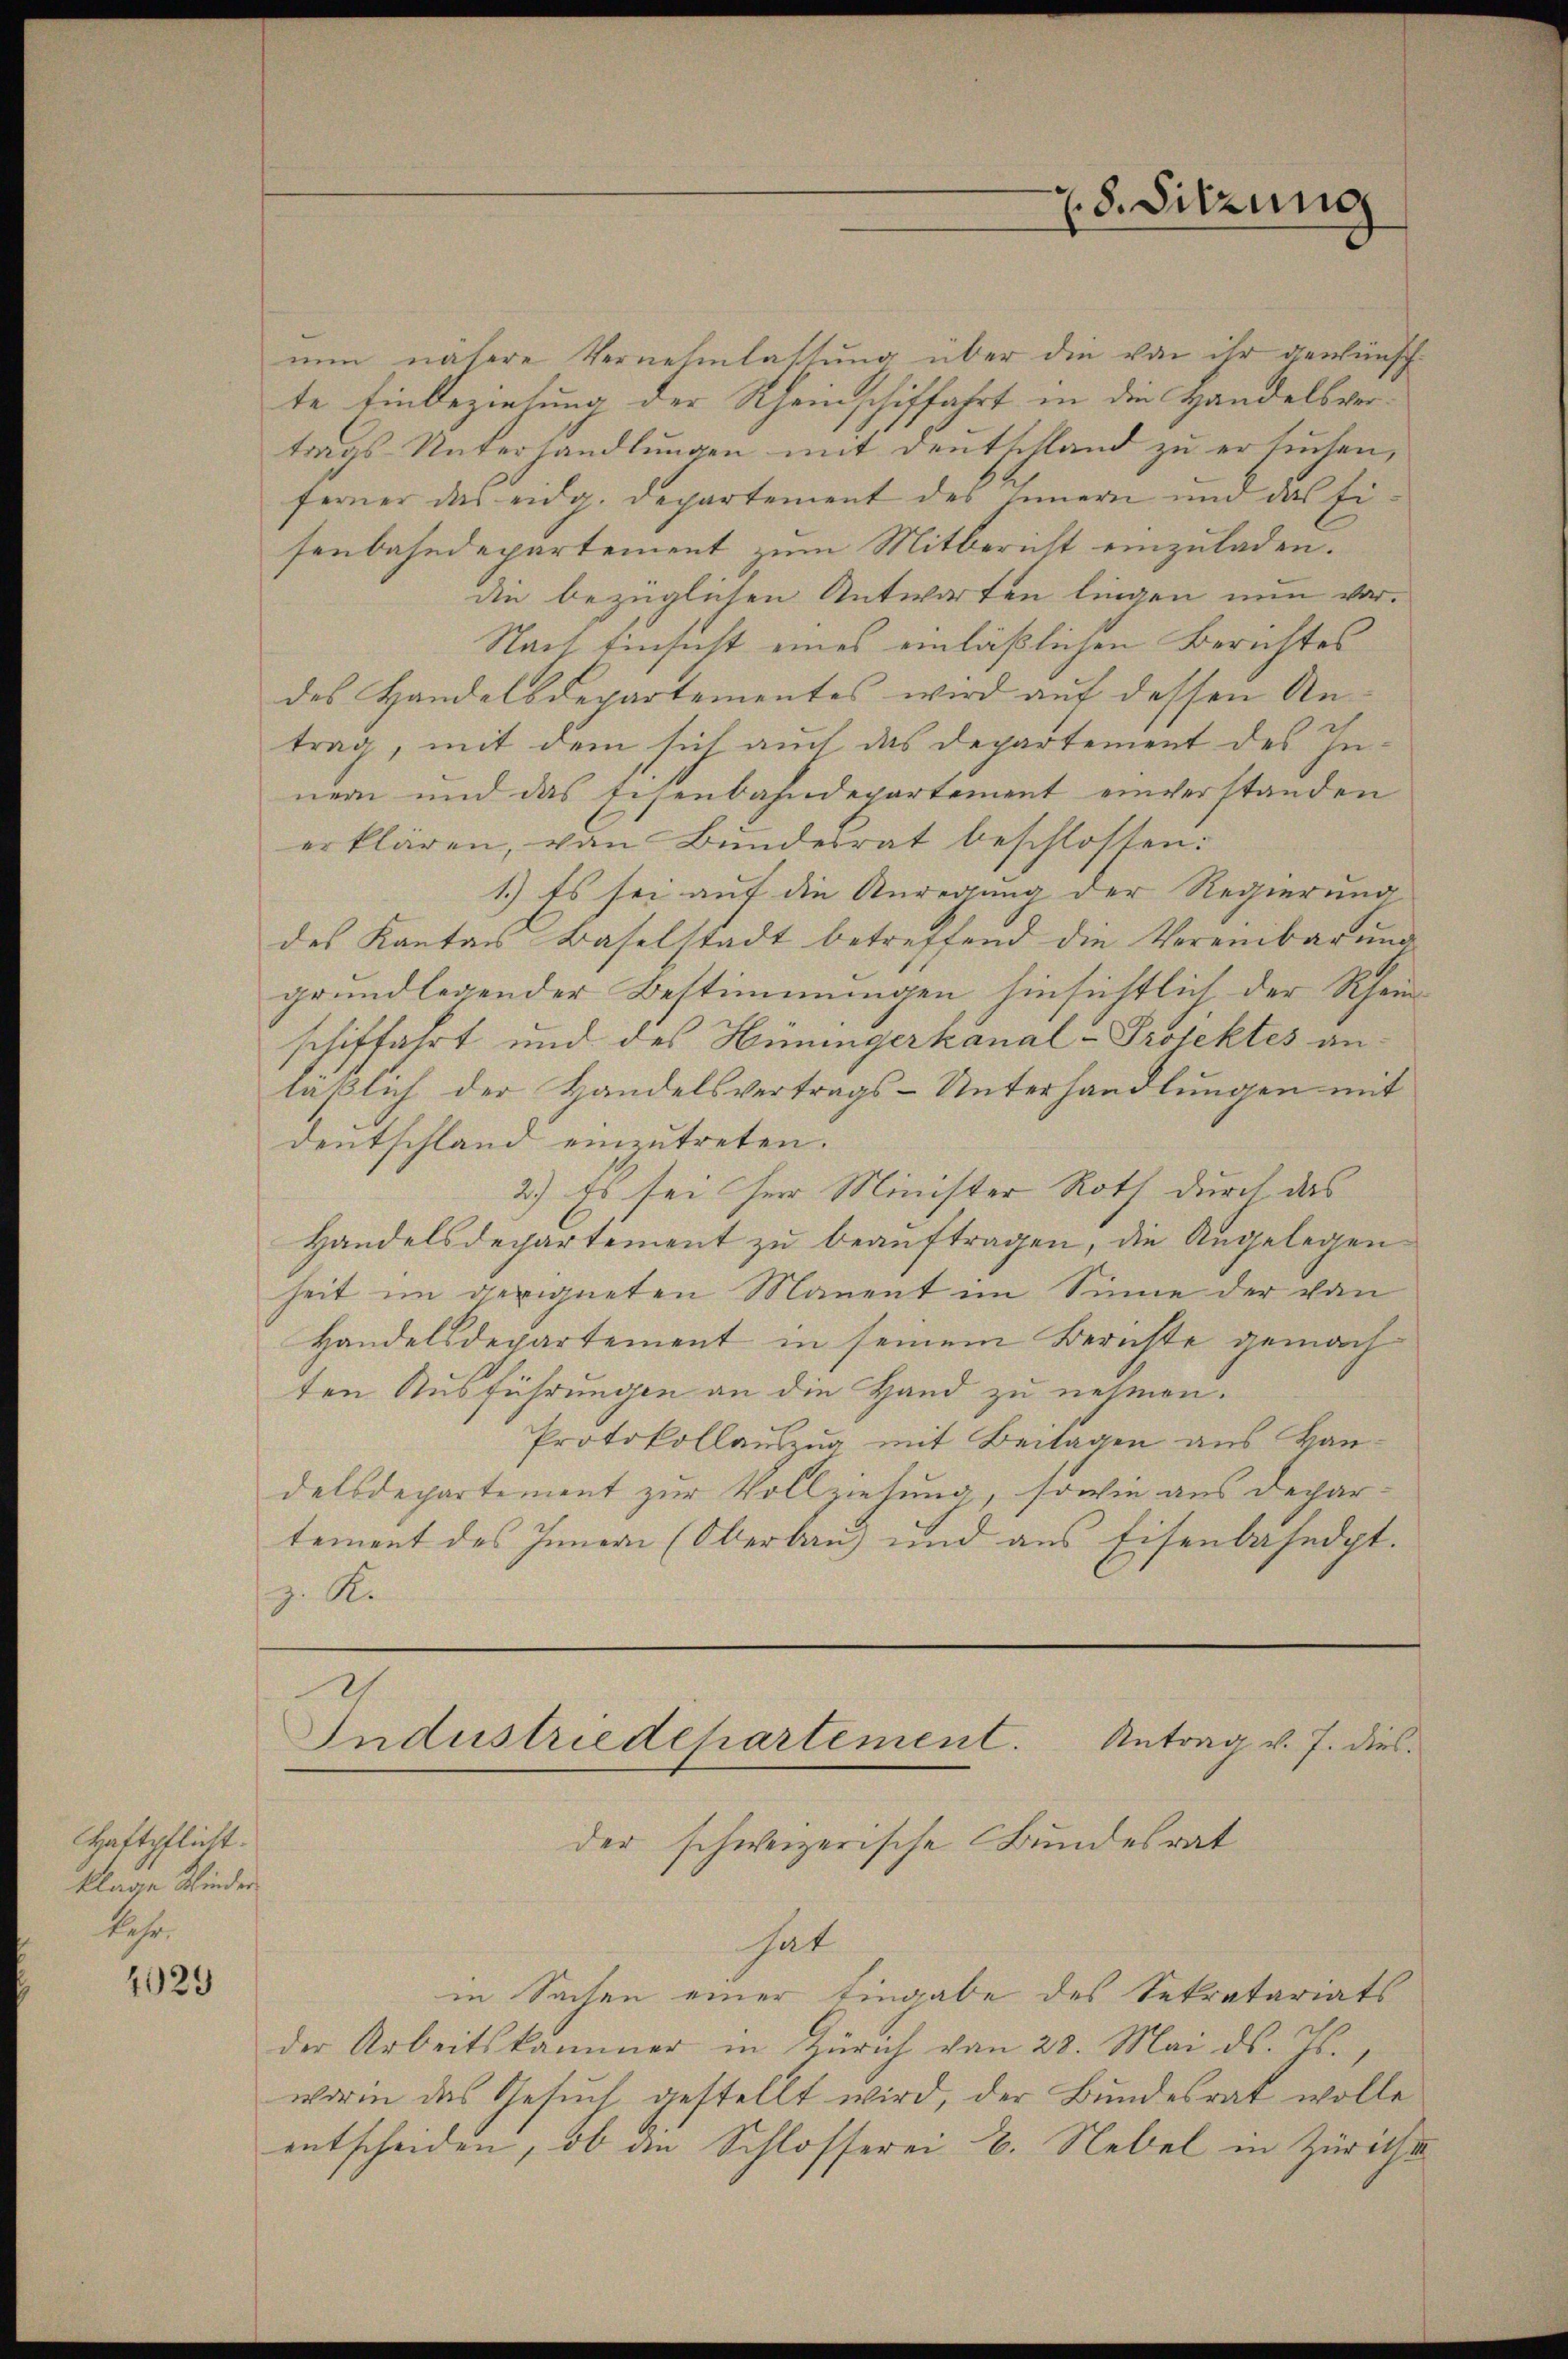
Haftpflicht.
klage Kinder
kehr.

4029

nun nähere Vernehmlassung über die von ihr gewünschte Einbeziehung der Rheinschiffahrt in die Handelsvertrags-Unterhandlungen mit Deutschland zu ersuchen,
ferner das eidg. Departement des innern und das Ei
senbahndepartement zum Mitbericht einzuladen.
die bezüglichen Antworten lingen nun vor¬
Nach Einsicht eines einläßlichen Berichtes
des Handelsdepartementes wird auf dessen Untrag, mit dem sich auch das Departement des Innern und das Eisenbahndepartement einverstanden
erklären, von Bundesrat beschlossen:
1.) Es sei auf die Anregung der Regierung
des Kanton Baselstadt betreffend die Vereinbarung
grundlegender Bestimmungen hinsichtlich der Rheinschiffahrt und des Hüningerkanal-Projektes an.
läßlich der Handelsvertrags-Unterhandlungen mit
dentschland einzutreten.
2.) Es sei her Minister Roth durch das
Handelsdepartement zu beauftragen, die Angelegen
heit im geeigneten Manent im Sinne der von
Handelsdepartement in seinem Berichte gemach
ten Ausführungen an die Hand zu nehmen.
Protokollauszug mit Beilagen aus Handelsdepartement zur Vollziehung, sowie aus Depar-
tement des Innern (Oberbau und aus Eisenbasedpt.
z. R.

Industriedepartement. Antrag v. J. dies
der schweizerische Bundesrat

8. Sitzung

hat
in Sachen einer Eingabe des Sekretariats
der Arbeitskammer in Zürich von 28. Mai des 70
worin das Gesuch gestellt wird, der Bundesrat wolle
entscheiden, ob an Schlosserei B. Nebel in Zürichs